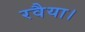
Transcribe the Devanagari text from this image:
रवैया।